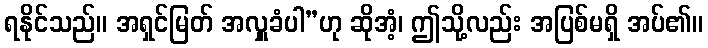
ရနိုင်သည်။ အရှင်မြတ် အလှူခံပါ”ဟု ဆိုအံ့၊ ဤသို့လည်း အပြစ်မရှိ အပ်၏။